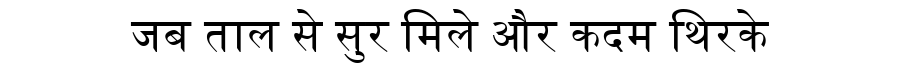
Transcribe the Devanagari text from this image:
जब ताल से सुर मिले और कदम थिरके